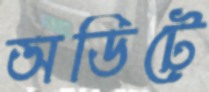
অডিটে